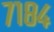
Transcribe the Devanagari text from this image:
७१८४